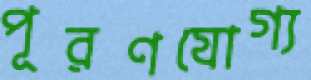
পূরণযোগ্য